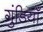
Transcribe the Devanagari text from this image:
गुंडियाँ